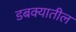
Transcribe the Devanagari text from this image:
डबक्यातील